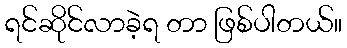
ရင်ဆိုင်လာခဲ့ရ တာ ဖြစ်ပါတယ်။